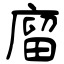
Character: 廇